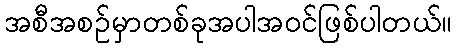
အစီအစဉ်မှာတစ်ခုအပါအဝင်ဖြစ်ပါတယ်။